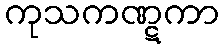
ကုသကဏ္ဋကာ